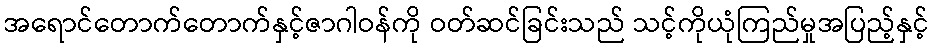
အရောင်တောက်တောက်နှင့်ဇာဂါဝန်ကို ဝတ်ဆင်ခြင်းသည် သင့်ကိုယုံကြည်မှုအပြည့်နှင့်